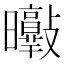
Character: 𣌘